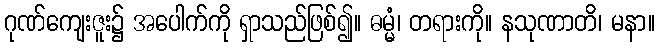
ဂုဏ်ကျေးဇူး၌ အပေါက်ကို ရှာသည်ဖြစ်၍။ ဓမ္မံ၊ တရားကို။ နသုဏာတိ၊ မနာ။